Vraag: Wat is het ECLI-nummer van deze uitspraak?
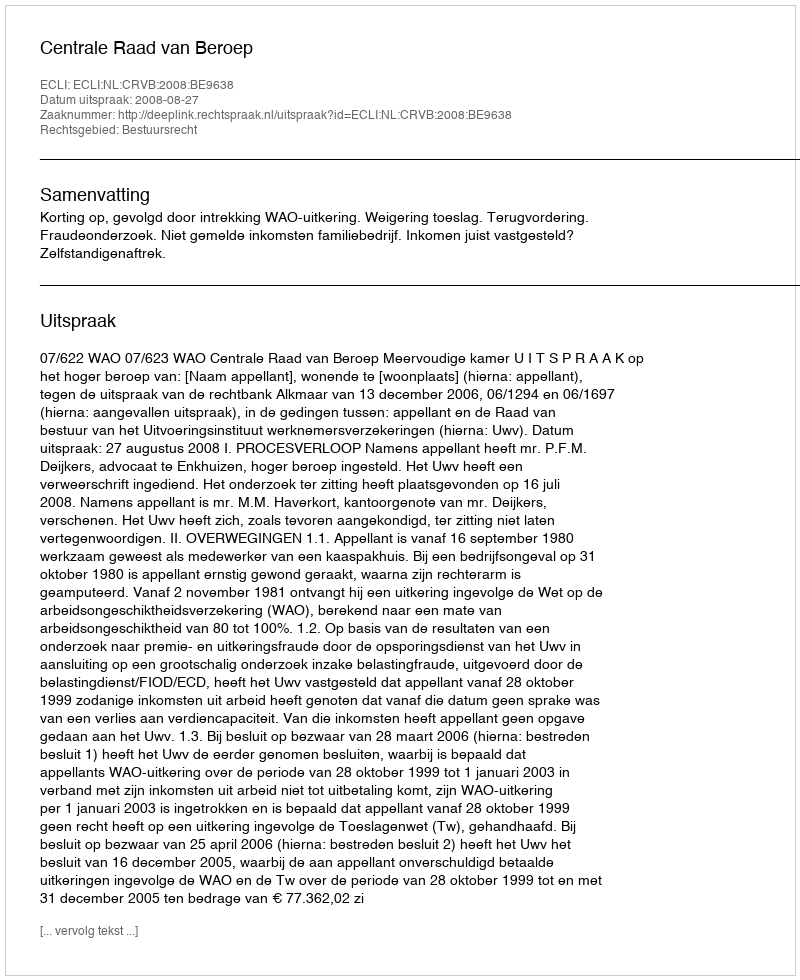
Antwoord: ECLI:NL:CRVB:2008:BE9638